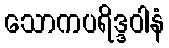
သောကပရိဒ္ဒဝါနံ